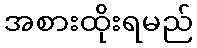
အစားထိုးရမည်